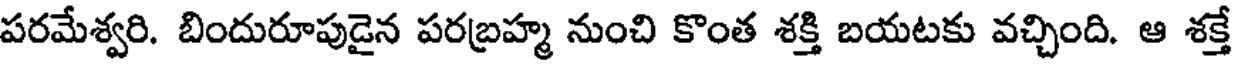
పరమేశ్వరి. బిందురూపుడైన పరబ్రహ్మ నుంచి కొంత శక్తి బయటకు వచ్చింది. ఆ శక్తే